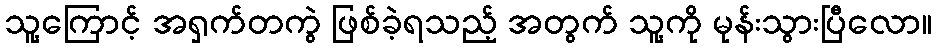
သူ့ကြောင့် အရှက်တကွဲ ဖြစ်ခဲ့ရသည့် အတွက် သူ့ကို မုန်းသွားပြီလော။